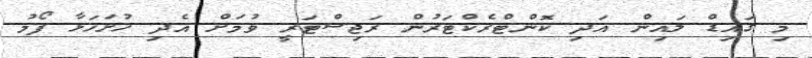
މި ގައިޑް ލައިން އަދި ކޮންޓްރެކްޓަރުން ރަޖިސްޓަރީ ވުމަށް އެދި ހުށަހަޅާ ފޯމު